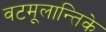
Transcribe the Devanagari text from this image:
वटमूलान्तिके